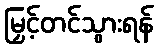
မြှင့်တင်သွားရန်